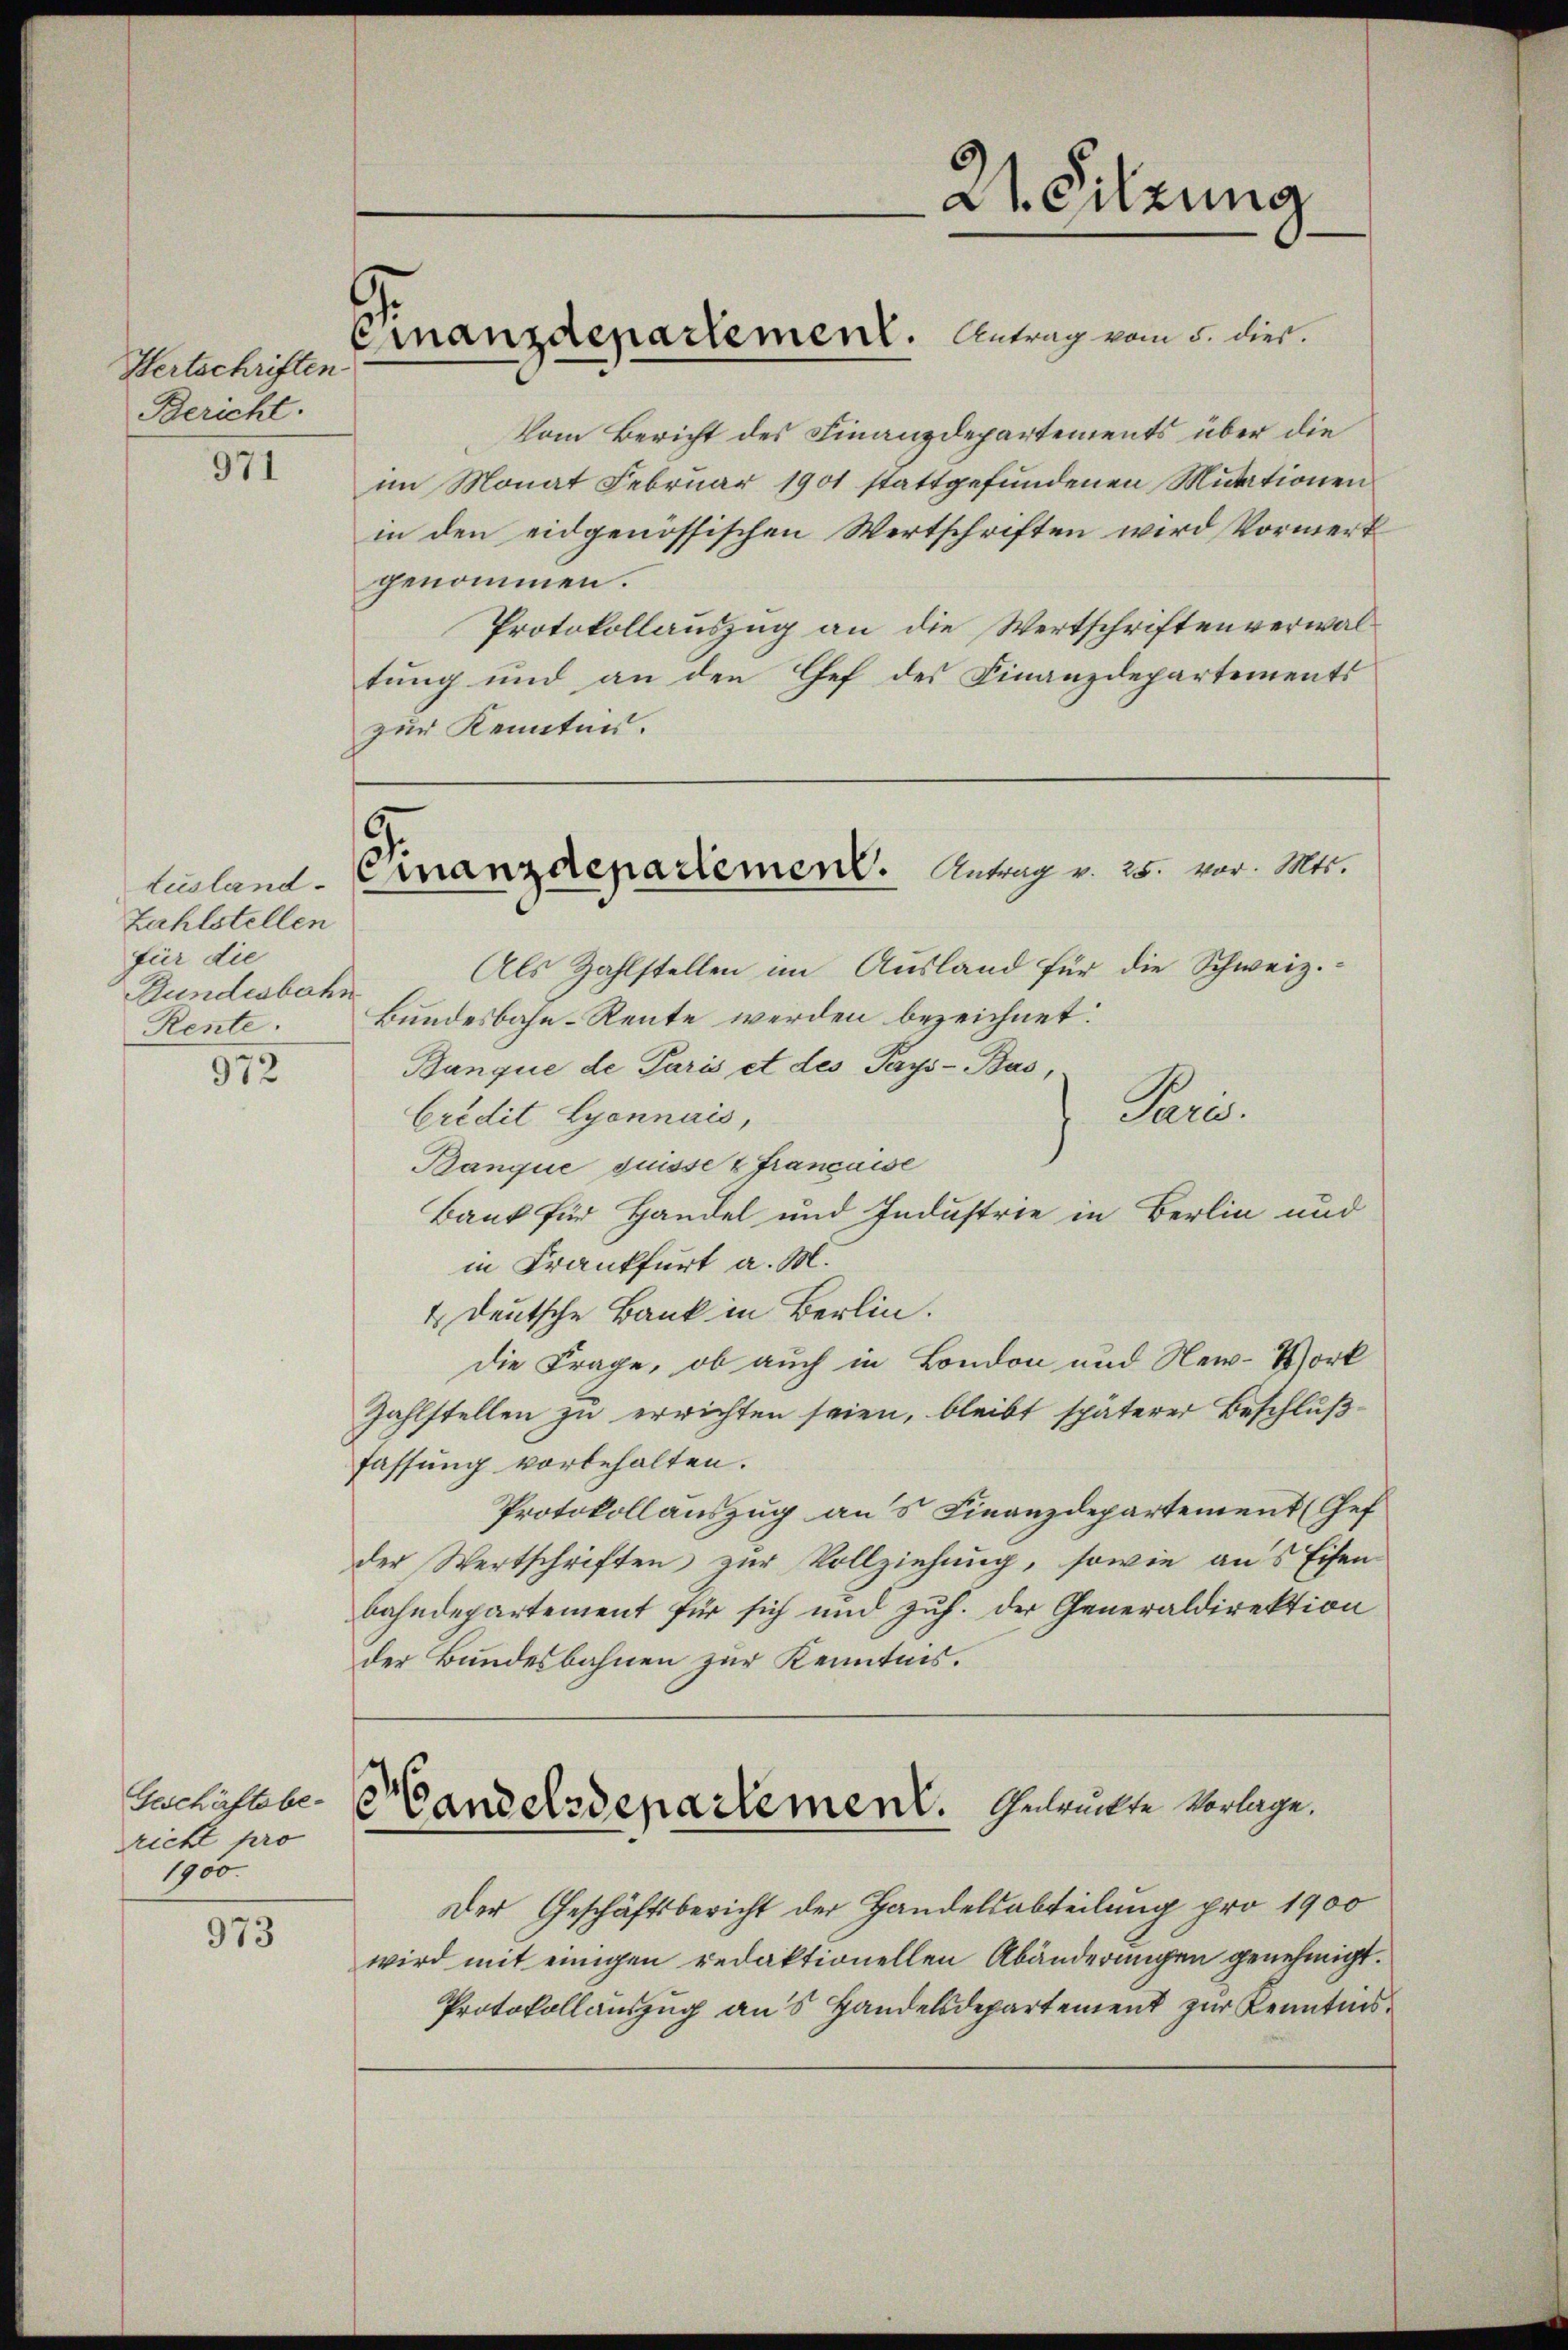
971

Zahlstellen
für die
Bundesbahn
Rente.

972

Geschäftsbericht pro
1900.

973

Hertschriften
Bericht.

Finanzdepartement. Antrag vom 5. dies.

Vom Bericht des Finanzdepartements über die
im Monat Februar 1901 stattgefundenen Mutationen
in den eidgenössischen Wertschriften wird Vormerk
genommen.
Protokollauszug an die Wertschriften verwaltung und an den Chef des Finanzdepartements
zur Kenntnis.

.
lusland-Einanzdepadement. Antrag v. 28. vor. Mts.

Als Zahlstellen im Ausland für die Schweiz.
Bundesbahn-Rente werden bezeichnet:
Banque de Paris et des Pays-Bas,
Pries
Crédit Lyonnais,
Banque suisse & Française
Bank für Handel und Industrie in Berlin und
in Frankfurt a. M.
4 Deutsche Bank in Berlin.
die Frage, ob auch in London und New-York
Zahlstellen zu errichten seien, bleibt späterer Beschlußfassung vorbehalten.
Protokollauszug aus Finanzdepartement (Cef
der Wertschriften zŭr Vollziehung, sowie ans Eisen
bahndepartement für sich und zuh. der Generaldirektion
der Bundesbahnen zur Kenntnis.

dt. Silzung

Handelsdepartement. Gewürkte Vorlage.

Der Geschäftsbericht der Handelsabteilung pro 1900
wird mit einigen redaktionellen Abänderungen genehmigt.
Protokollauszug aus Handelsdepartement zur Kenntnis